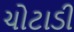
ચોટાડી